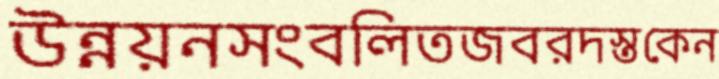
উন্নয়নসংবলিতজবরদস্তকেন